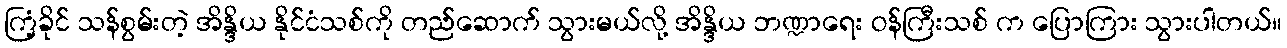
ကြံ့ခိုင် သန်စွမ်းတဲ့ အိန္ဒိယ နိုင်ငံသစ်ကို တည်ဆောက် သွားမယ်လို့ အိန္ဒိယ ဘဏ္ဍာရေး ဝန်ကြီးသစ် က ပြောကြား သွားပါတယ်။